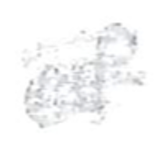
Text: of
Cross-out: scratch
Writing tool: pencil